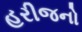
હરીજનો